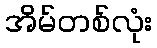
အိမ်တစ်လုံး